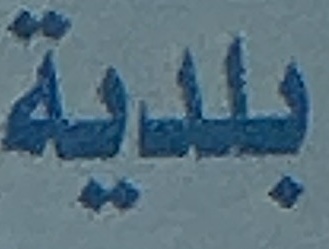
بلدیة